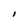
Character: I